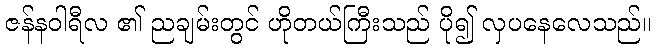
ဇန်နဝါရီလ ၏ ညချမ်းတွင် ဟိုတယ်ကြီးသည် ပို၍ လှပနေလေသည်။